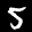
Label: 5